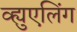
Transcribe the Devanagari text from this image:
व्ह्युएलिंग